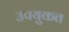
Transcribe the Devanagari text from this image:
उपयुकत